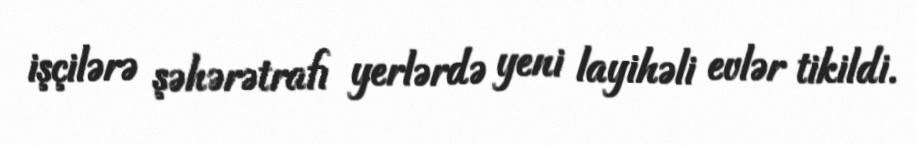
işçilərə şəhərətrafı yerlərdə yeni layihəli evlər tikildi.